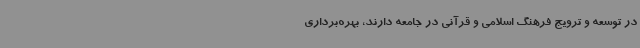
در توسعه و ترویج فرهنگ اسلامی و قرآنی در جامعه دارند، بهره‌برداری